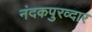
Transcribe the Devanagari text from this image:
नंदकपुरव्दार